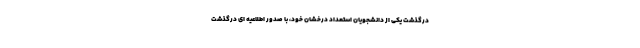
درگذشت یکی از دانشجویان استعداد درخشان خود، با صدور اطلاعیه ای درگذشت